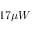
1 7 \mu W